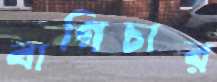
বাগিচার